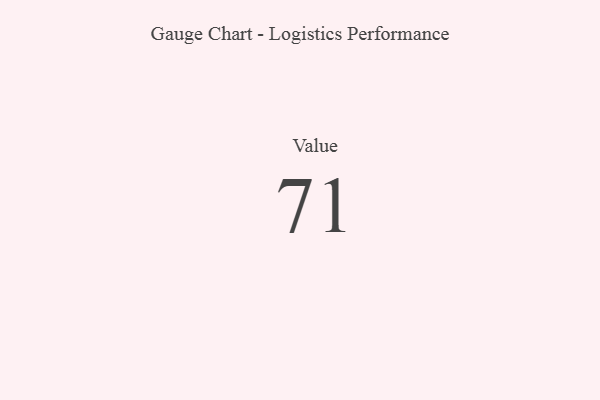
{"axis": {"x": "Metric", "y": "Value"}, "legend": [""], "data": [{"x": "Value", "y": 71, "type": ""}]}